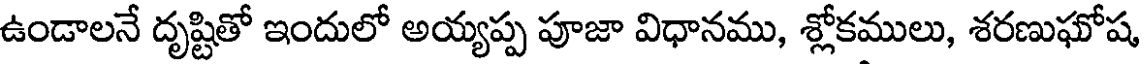
ఉండాలనే దృష్టితో ఇందులో అయ్యప్ప పూజా విధానము, శ్లోకములు, శరణుఘోష